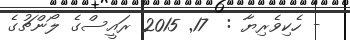
- ހެކިވެރިޔާ :  17